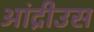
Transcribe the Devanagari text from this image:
आंद्रीउस